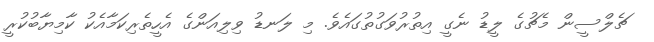
ޗެލްސީން މެޗުގެ ލީޑު ނެގީ އިތުރުވަގުތުގައެވެ. މި ލަނޑު ވިލިއަންގެ އެހީތެރިކަމާއެކު ކާމިޔާބުކުރީ